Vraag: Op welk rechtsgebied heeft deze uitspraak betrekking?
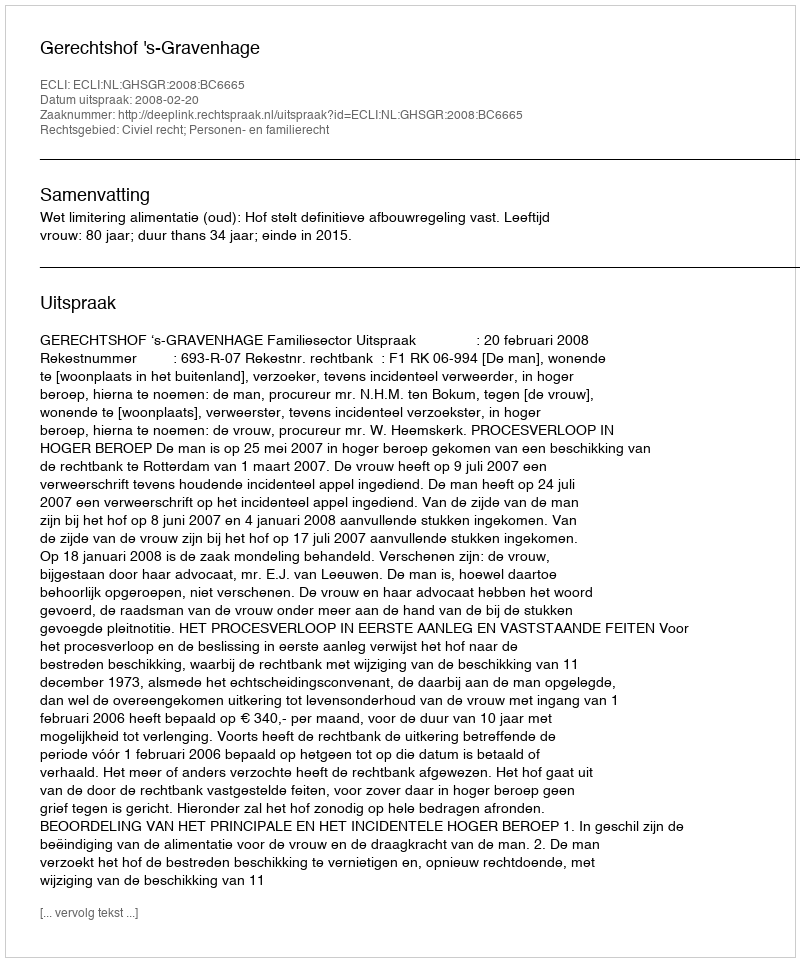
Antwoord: Civiel recht; Personen- en familierecht